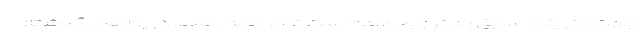
جهت کاپیتان سابق رم ترجیح داده است تا در خانه بماند. در روزهای گذشته